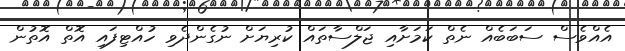
އެއްވެސް ސަބަބެއް ނެތް ކަމަށާއި ޖަލްސާތައް ކުރިޔަށް ނުގެންދެވި ހުއްޓިފައި އޮތް އޮތުން